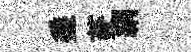
埀菱絹